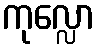
ကုလ္လော